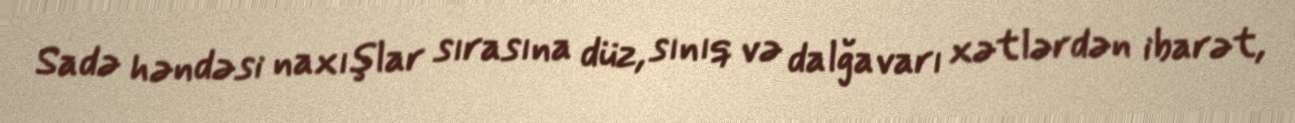
Sadə həndəsi naxışlar sırasına düz, sınıq və dalğavarı xətlərdən ibarət,